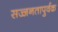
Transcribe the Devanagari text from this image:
सज्जनतापुर्वक